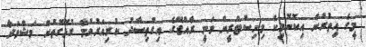
މީގެ އިތުރުން އިކޮނޮމިކް މިނިސްޓްރީން ވަނީ ރާއްޖޭގެ އިގުތިސާދު ކުރިއަރުވުމާ ގުޅޭގޮތުން މަޝްވަރާ